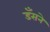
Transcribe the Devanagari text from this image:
डँसने